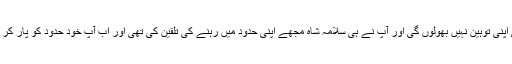
میں کبھی اپنی توہین نہیں بھولوں گی اور آپ نے ہی سلامہ شاہ مجھے اپنی حدود میں رہنے کی تلقین کی تھی اور اب آپ خود حدود کو پار کر رہے ہیں۔